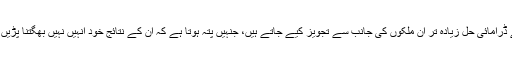
ایسے ڈرامائی حل زیادہ تر اُن ملکوں کی جانب سے تجویز کیے جاتے ہیں، جنہیں پتہ ہوتا ہے کہ اِن کے نتائج خود اُنہیں نہیں بھگتنا پڑیں گے۔